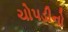
ચોપડીનો